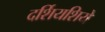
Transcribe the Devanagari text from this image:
दर्शियशिये